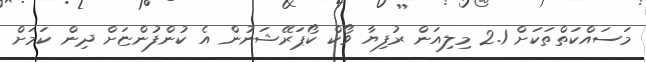
މަސައްކަތްތަކަށް 2.1 މިލިއަން ރުފިޔާ ވޯކް ކޯޕަރޭޝަނުން އެ ކުންފުންޏަށް ދިން ކަމަށް